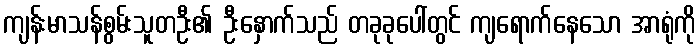
ကျန်းမာသန်စွမ်းသူတဦး၏ ဦးနှောက်သည် တခုခုပေါ်တွင် ကျရောက်နေသော အာရုံကို